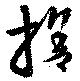
捨